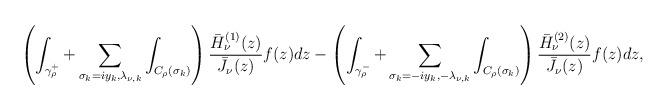
LaTeX: \begin{align*}\left( \int_{\gamma _\rho ^+}+\sum_{\sigma _k=iy_k,\lambda _{\nu ,k}}\int_{C_\rho (\sigma _k)}\right)\frac{\bar H^{(1)}_{\nu}(z)}{\bar J_{\nu}(z)}f(z)dz-\left( \int_{\gamma _\rho ^-}+\sum_{\sigma _k=-iy_k,-\lambda _{\nu ,k}}\int_{C_\rho (\sigma _k)}\right)\frac{\bar H^{(2)}_{\nu}(z)}{\bar J_{\nu}(z)}f(z)dz,\end{align*}